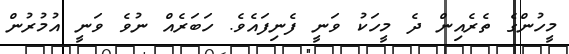
މީހުންގެ ތެރެއިން ދެ މީހަކު ވަނީ ފެނިފައެވެ. ހަބަރެއް ނުވެ ވަނީ އުމުރުން